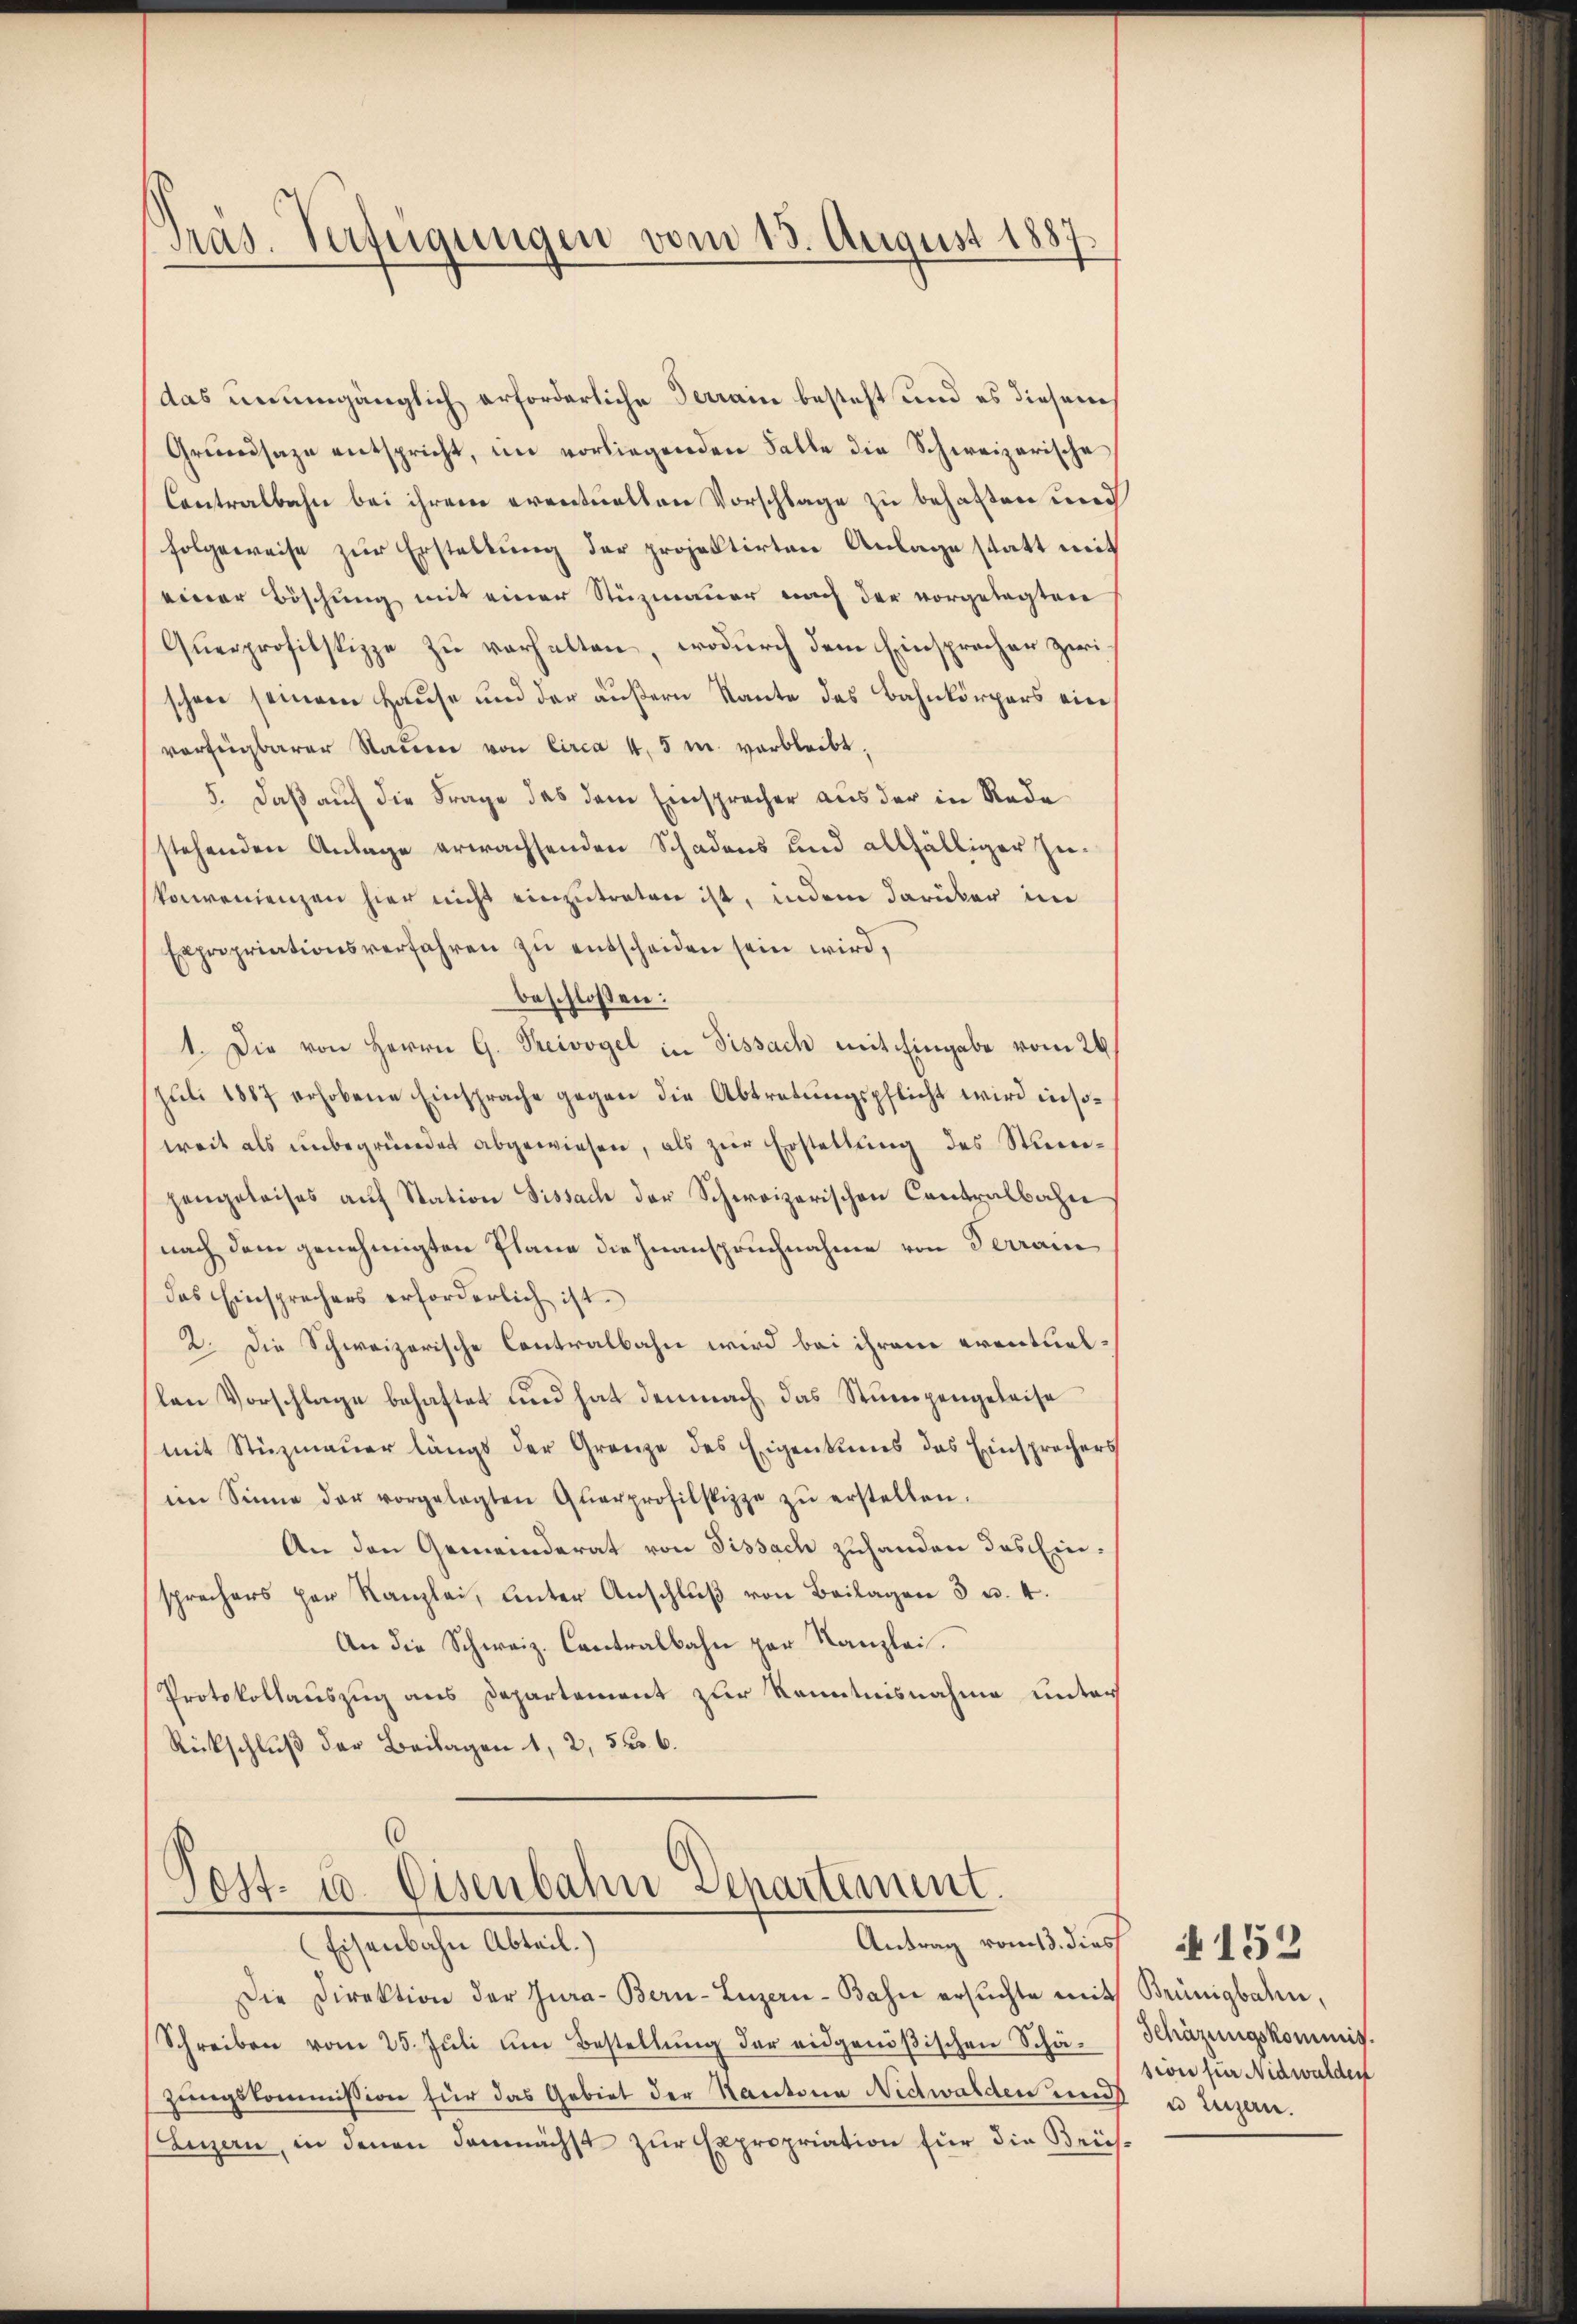
Präs. Verfügungen vom 15. August 1887.

das unumgänglich erforderliche Terrain besteht und es diesem
Grundsaze entspricht, im vorliegenden Falle die Schweizerische
Contralbahn bei ihrem eventuellen Vorschlage zu behalten und
folgeweise zur Erstellung der projektirten Anlage statt mit
einer Böschung mit einer Stuzmauer nach der vorgelegten
Querprofitspippe zu verhalten, wodurch dem Einsprocher zwi
schen seinem Hause und der äußern Raute des Bahnkörpers ein
verfügbarer Stauen von Circa 4, 5 u. verbleibt,
5. Daß auf die Frage das dem Einsprecher aus der in Rede
stehenden Anlage erwachsenden Schadens und allfälliger Zeikonvenienzen hier nicht einzutreten ist, indem darüber im
Expropriationsverfahren zŭ entscheiden sein wird,
beschlossen:
1. Die von Herrn G. Treivogel in Dissach mit Eingabe vom 26
Juli 1887 erhobene Einsprache gegen die Abtretungspflicht wird insoweit als ŭnbegründet abgewiesen, als zŭr Erstellŭng des Stunpengeleises aŭf Station Sissach der Schweizerischen Contralbahn
nach dem genehmigten Plane die Inanspruchnahme von Terrain
das Einsprechers erforderlich ist.
2. Die Schweizerische Contralbahn wird bei ihrem eventuelslen Vorschlage behaftet und hat demnach das Stumpengeleise
(mit Stüzmauer längs der Grenze des Eigentums das Einsprechers
im Sinne der vorgelegten Qŭarprofilspippe zŭ erstellen.
An den Gemeinderat von Fissach zuhanden das Einsprechers par Kanzlei, unter Anschlŭβ von Beilagen 3 u. 4.
An die Schweiz. Contralbahn par Kanzlei.
Protokollauszug aus Departement zur Kenntnisnahme unter
Rückschluß der Beilagen 1, 2, 556.
.

Post. 10. Eisenbahn Departement.
(Eisenbahn Abteil.)
Antrag vom 13. dies   1552

Die Direktion der Jura-Bern-Luzern-Bahn ersŭchte mit Brünigbahn,
Schreiben vom 25. Jŭli ŭm Bestellŭng der eidgenößischen Schä-Schazungskommis
zungskommission für das Gebiet der Kantona Nidwalden und u. Luzern.
Luzern, in denen demnächst zur Expropriation für die Beich-

sion für Nidwalden